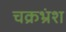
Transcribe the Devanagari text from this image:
चक्रभ्रंश